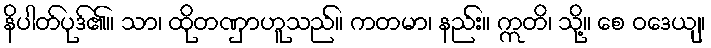
နိပါတ်ပုဒ်၏။ သာ၊ ထိုတဏှာဟူသည်။ ကတမာ၊ နည်း။ ဣတိ၊ သို့။ စေ ဝဒေယျ၊